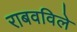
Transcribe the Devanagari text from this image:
राबवविले